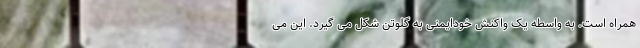
همراه است. به واسطه یک واکنش خودایمنی به گلوتن شکل می گیرد. این می